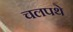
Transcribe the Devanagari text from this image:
चलपथे